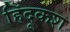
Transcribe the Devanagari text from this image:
हिंदूकश